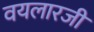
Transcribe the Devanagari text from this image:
वयलारजी